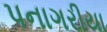
પનાગરીયા